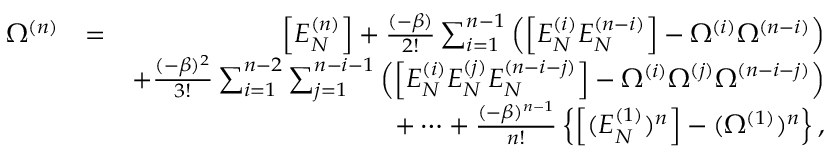
\begin{array} { r l r } { \Omega ^ { ( n ) } } & { = } & { \left[ E _ { N } ^ { ( n ) } \right] + \frac { ( - \beta ) } { 2 ! } \sum _ { i = 1 } ^ { n - 1 } \left( \left[ E _ { N } ^ { ( i ) } E _ { N } ^ { ( n - i ) } \right] - \Omega ^ { ( i ) } \Omega ^ { ( n - i ) } \right) } \\ & { } & { + \frac { ( - \beta ) ^ { 2 } } { 3 ! } \sum _ { i = 1 } ^ { n - 2 } \sum _ { j = 1 } ^ { n - i - 1 } \left( \left[ E _ { N } ^ { ( i ) } E _ { N } ^ { ( j ) } E _ { N } ^ { ( n - i - j ) } \right] - \Omega ^ { ( i ) } \Omega ^ { ( j ) } \Omega ^ { ( n - i - j ) } \right) } \\ & { } & { + \cdots + \frac { ( - \beta ) ^ { n - 1 } } { n ! } \left\{ \left[ ( E _ { N } ^ { ( 1 ) } ) ^ { n } \right] - ( \Omega ^ { ( 1 ) } ) ^ { n } \right\} , } \end{array}